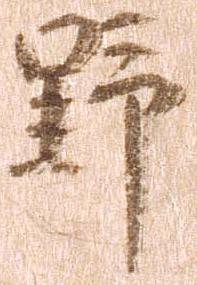
野